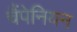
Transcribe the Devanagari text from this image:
चैंपेनियन